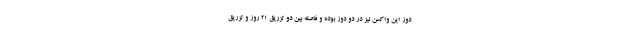
دوز این واکسن نیز در دو دوز بوده و فاصله بین دو تزریق ۲۱ روز و تزریق